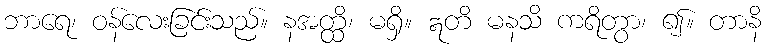
ဘာရေ၊ ဝန်လေးခြင်းသည်။ နအတ္ထိ၊ မရှိ။ ဣတိ မနသိ ကရိတွာ၊ ၍။ တာနိ